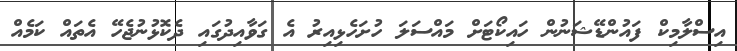
އިސްލާމިކް ފައުންޑޭޝަނުން ހައިކޯޓަށް މައްސަލަ ހުށަހެޅިއިރު އެ ގަވާއިދުގައި ދެކޮޅުނުޖެހޭ އެތައް ކަމެއް